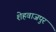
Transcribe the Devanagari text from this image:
शेहवाजपुर